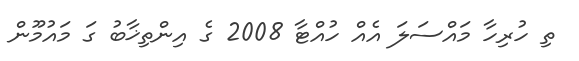
ތި ހުރިހާ މައްސަލަ އެއް ހުއްޓާ 2008 ގެ އިންތިޚާބު ގަ މައުމޫން